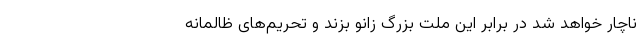
ناچار خواهد شد در برابر این ملت بزرگ زانو بزند و تحریم‌های ظالمانه